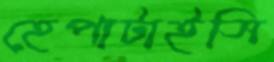
হেপাটাইসি